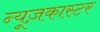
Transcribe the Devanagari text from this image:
न्यूज़कास्टर